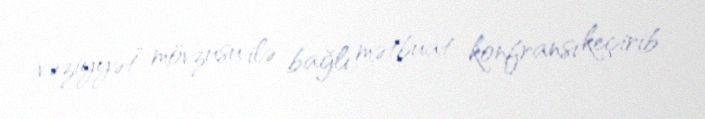
vəziyyət” mövzusu ilə bağlı mətbuat konfransı keçirib.